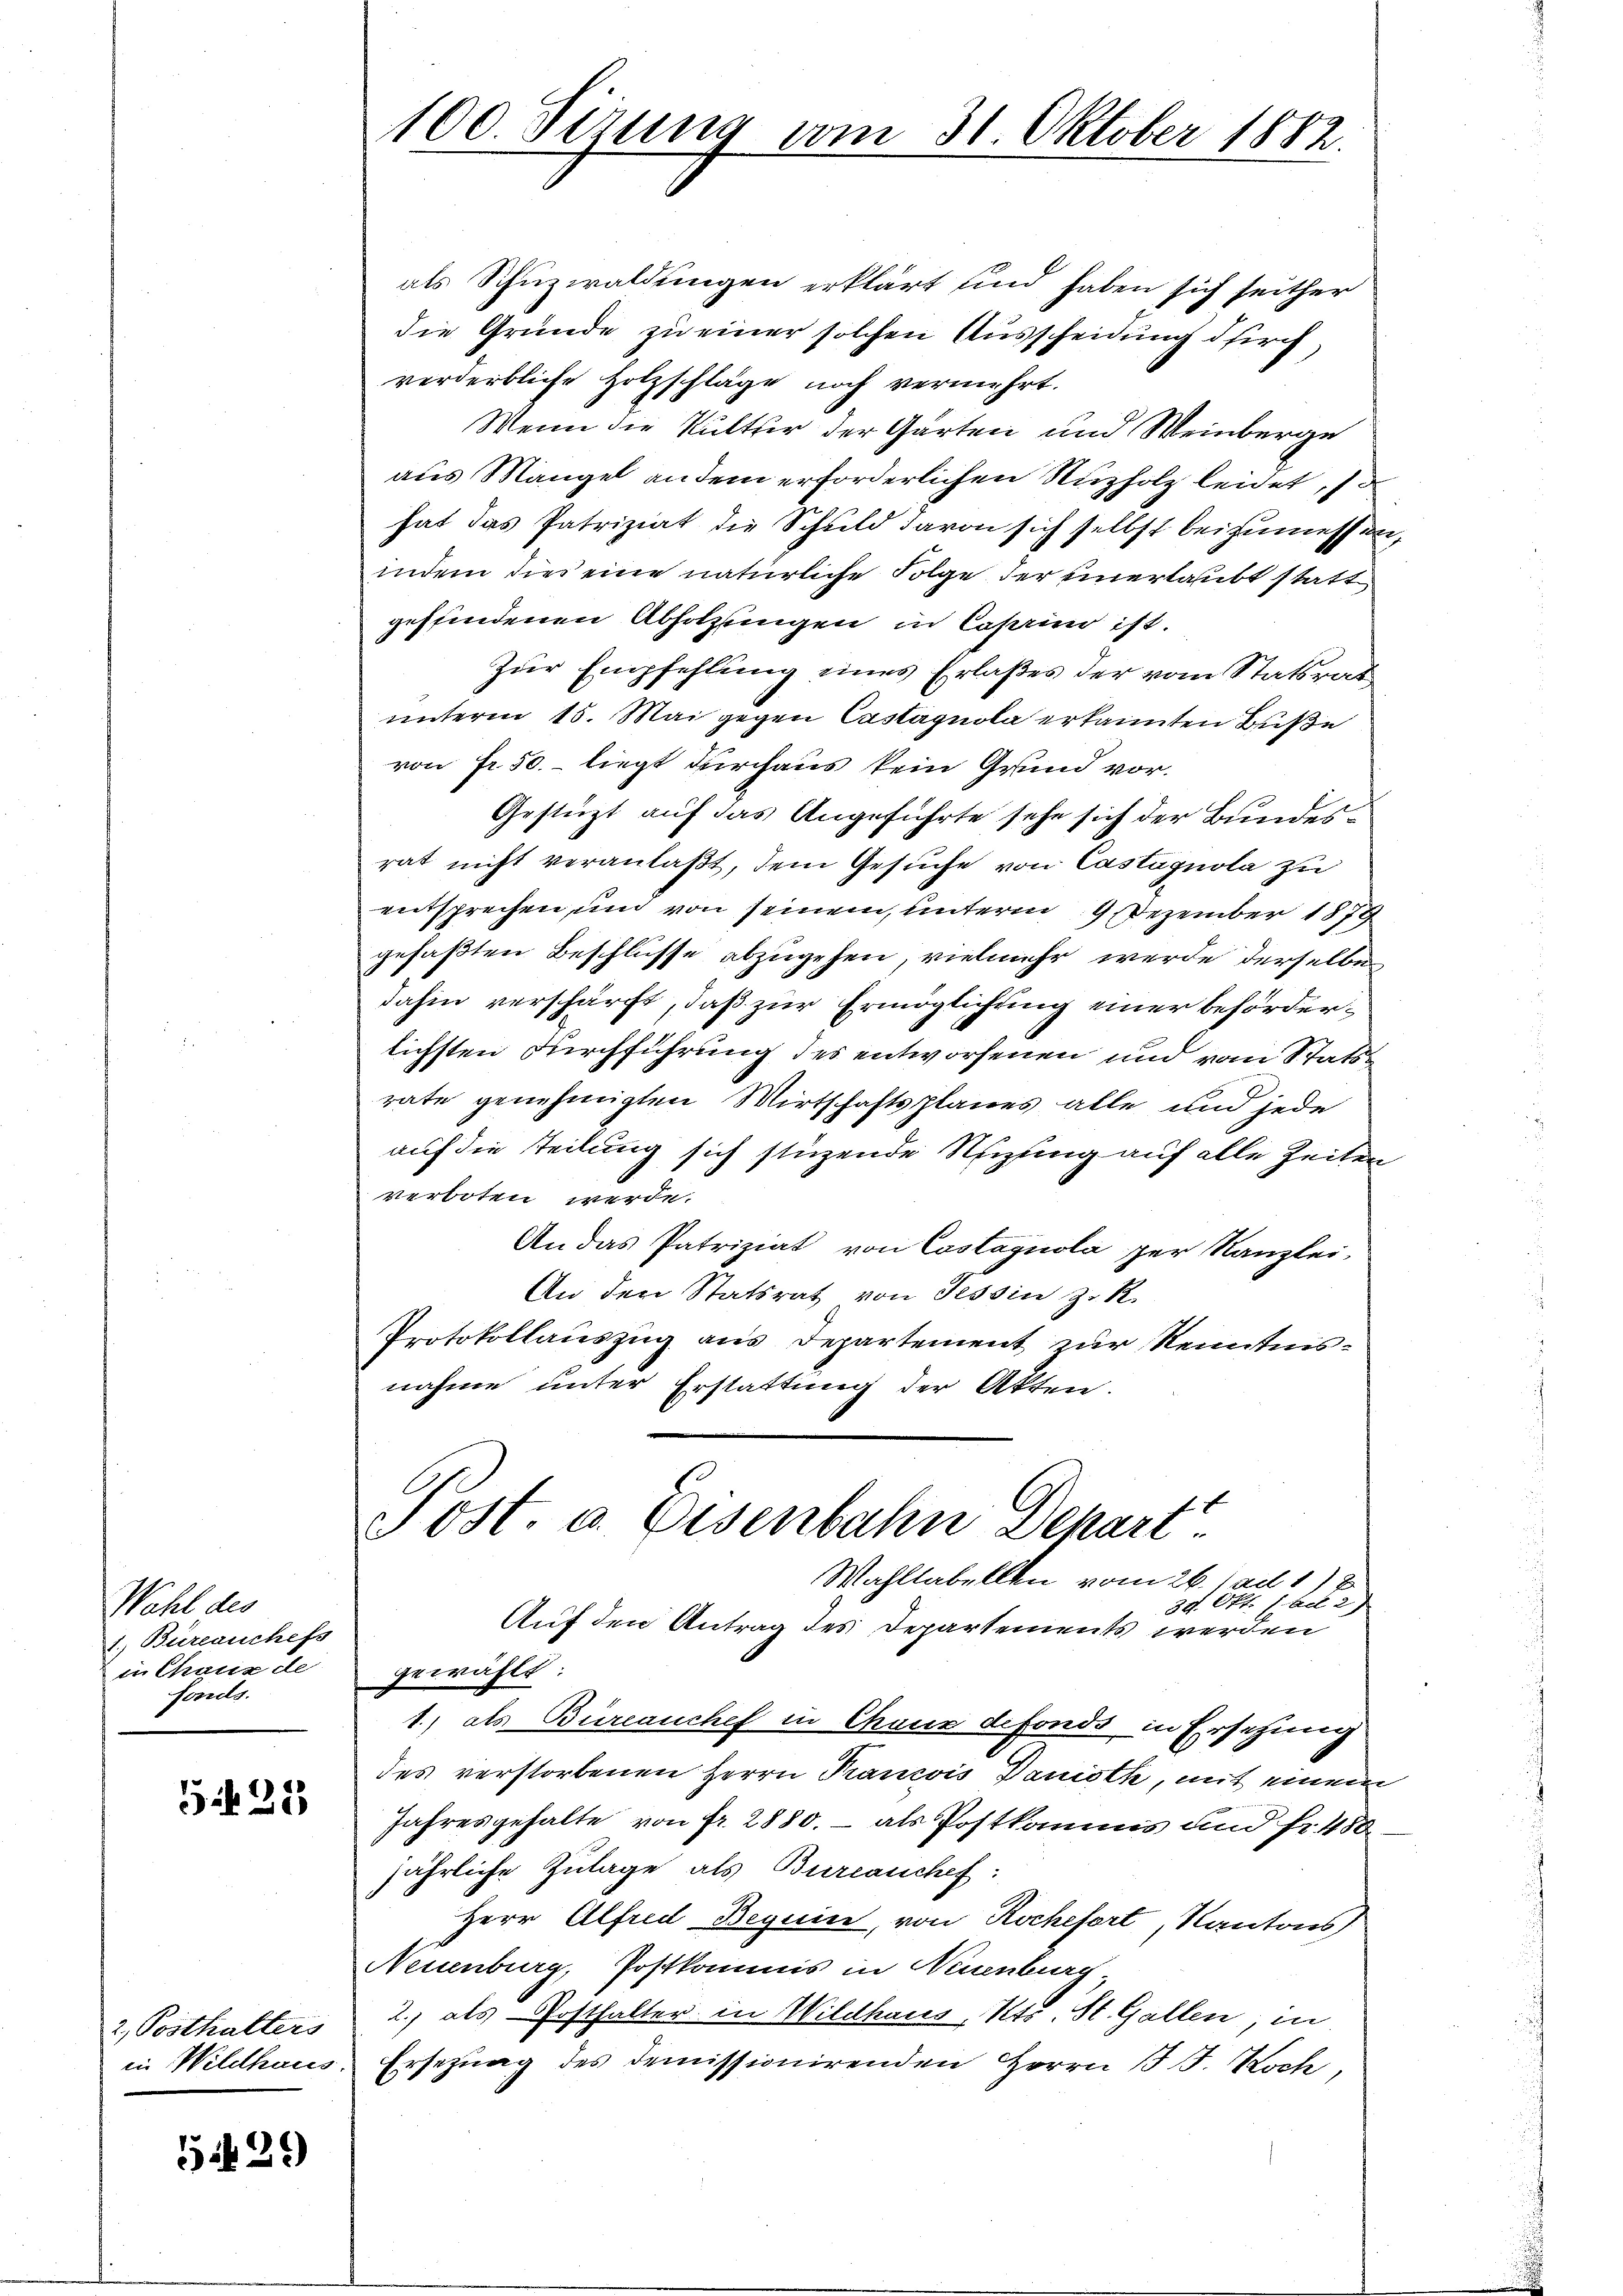
Wahl des
1. Betrauchefs
in Chaux de
fonds.

131

2, Posthalters

39

100. Sizung vom 31. Oktober 1882.

als Schuzwaldungen erklärt und haben sich seither
die Gründe zu einer solchen Ausscheidung durch
vorderbliche Holzschläge noch vermehrt.
Wenn die Kulther der Garten und Weinberge
aus Mangel an dem erforderlichen Nuzholz leidet, so
hat das Patriziat die Schuld davon sich selbst beizumessen,
indem dies eine natürliche Folge der einerlaubt statt
geffindenen Abholzungen in Casino ist.
Zur Empfehlung eines Erlaßes der vom Statsrat
unterm 15. Mai gegen Castagnola erkannten Buße
von fr. 50. - liegt durchaus kein Grund vor.
Gestüzt auf das Angeführte sehe sich der Bundesrat nicht veranlaßt, dem Gesuche von Castagnola zu
entsprechen, um von seinem unterm 9 Dezember 1879
gefaßten Beschlüsse abzugehen, vielmehr werde derselbe
dahin verschärft, daß zur Ermöglichung einer beförderlichsten Durchführung des entworfenen und vom Stattrate genehmigten Wirtschaftsplanes alle und jede
auf die Teilung sich stüzende Nutzung auf alle Zeiten
verboten werde.
An das Patriziat von Castagnola per Kanzlei-
An den Statsrat von Tessin z. R.
Protokollauszug aus Departement zur Kenntnisnahme unter Erstattung der Akten.
Post. a. Eisenbahn Depart
Wahltabellen vom 26. Mad. 172
34. Okt. 1 Art. 2)
Auf den Antrag des Departements werden
gewählt:
1.) als Büreauchef in Chaus defonds in Ersetzung
des verstorbenen Herrn Krancois Daniöth, mit einem
Jahresgehalte von fr. 2880, – als Postkamms und fr. 480
jährliche Zulage als Bureauchef:
Herr Alfred Beguin, von Rochefort, Kantons
Neuenburg, Postkommis in Neuenburg,
2.) als Posthalter in Wildhaus, Kts. St. Gallen, in
in Wildhaus. Ersezung des demissionirenden Herrn J. J. Koch,